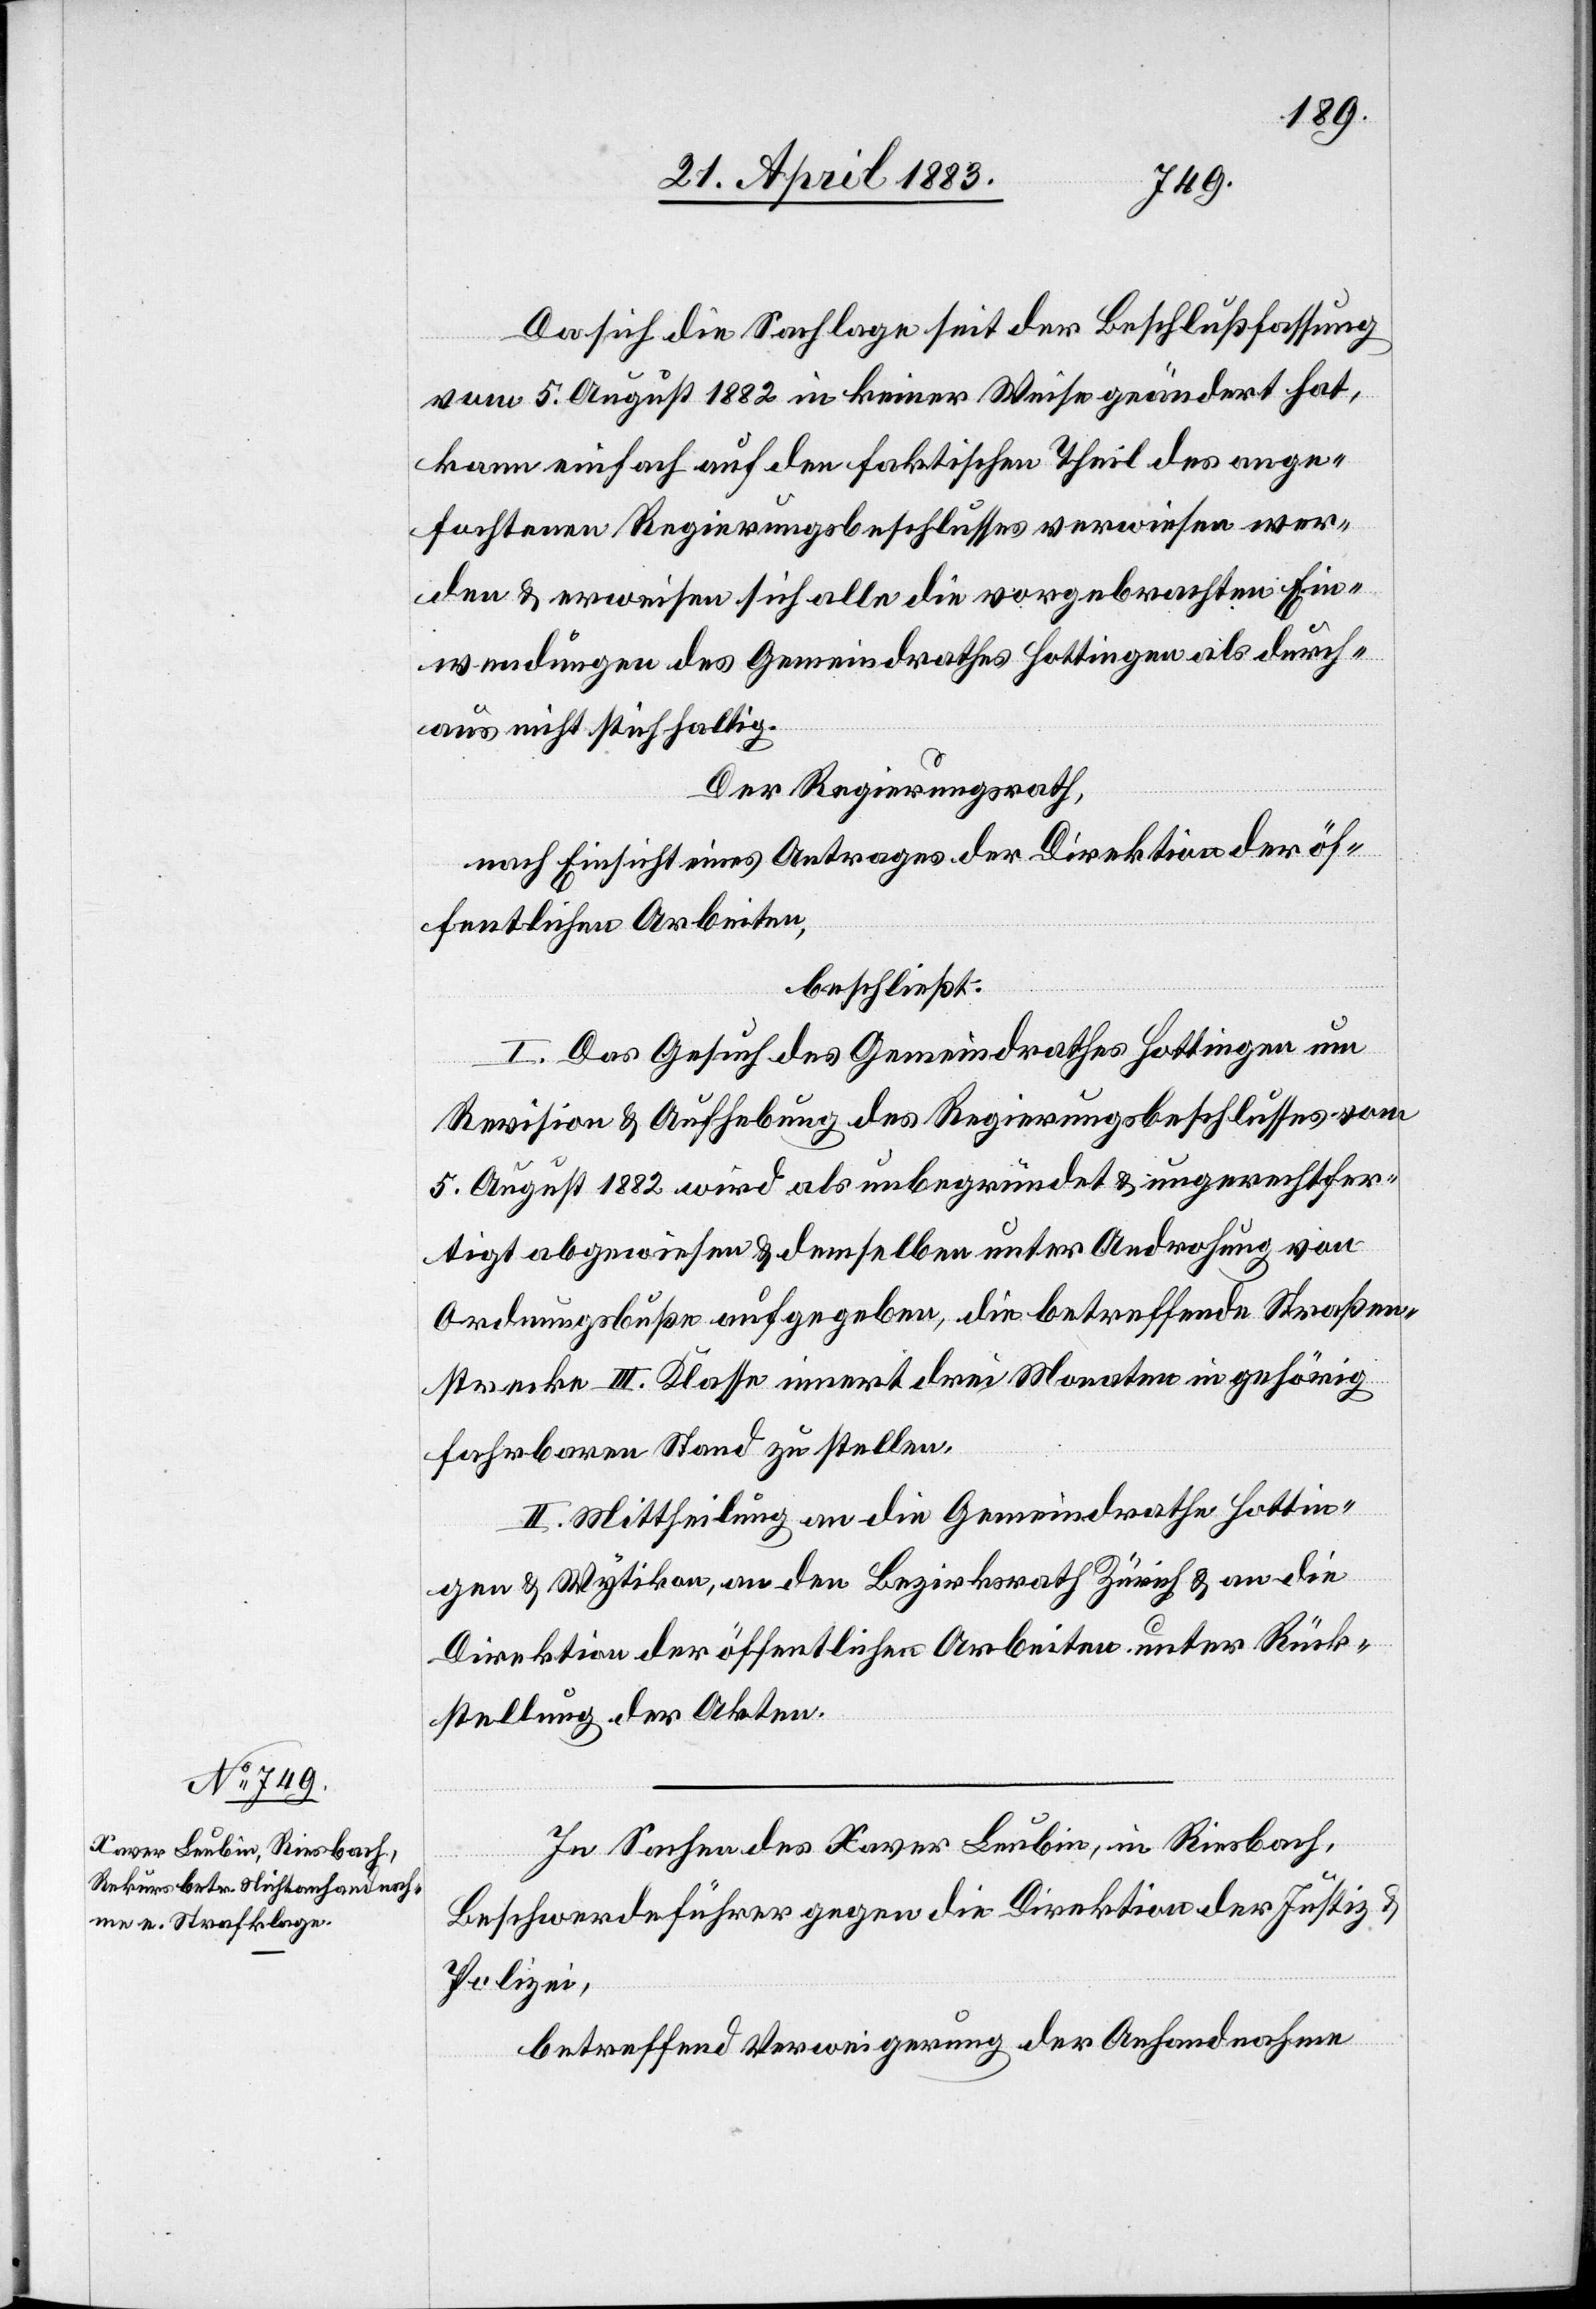
Da sich die Sachlage seit der Beschlußfassung
vom 5. August 1882 in keiner Weise geändert hat,
kann einfach auf den faktischen Theil des ange¬
fochtenen Regierungsbeschlusses verwiesen wer¬
den & erweisen sich alle die vorgebrachten Ein¬
wendungen des Gemeindrathes Hottingen als durch¬
aus nicht stichhaltig.
Der Regierungsrath,
nach Einsicht eines Antrages der Direktion der öf¬
fentlichen Arbeiten,
beschließt:
I. Das Gesuch des Gemeindrathes Hottingen um
Revision & Aufhebung des Regierungsbeschlusses vom
5. August 1882 wird als unbegründet & ungerechtfer¬
tigt abgewiesen & demselben unter Androhung von
Ordnungsbuße aufgegeben, die betreffende Straßen¬
strecke III. Klasse innert drei Monaten in gehörig
fahrbaren Stand zu stellen.
II. Mittheilung an die Gemeindrathe Hottin¬
gen & Wytikon, an den Bezirksrath Zürich & an die
Direktion der öffentlichen Arbeiten unter Rück¬
stellung der Akten.
In Sachen des Kaver Leubin, in Riesbach,
Beschwerdeführer gegen die Direktion der Justiz
Polizei,
betreffend Verweigerung der Anhandnahme